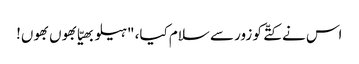
اس نے کتّے کو زور سے سلام کیا، "ہیلو بھیّا بھوں بھوں!